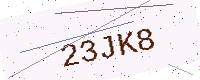
Text: 23JK8